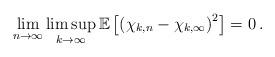
LaTeX: \begin{align*} \lim_{n\to\infty}\limsup_{k\to\infty}\mathbb E\left[\left(\chi_{k,n}-\chi_{k,\infty}\right)^2\right]=0\,.\end{align*}